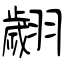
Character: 翽